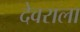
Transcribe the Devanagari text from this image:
देवराला